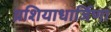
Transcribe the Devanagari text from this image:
प्रशियाधार्जिणा